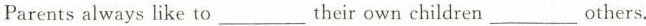
Parents always like to ___ their own children ___ others.